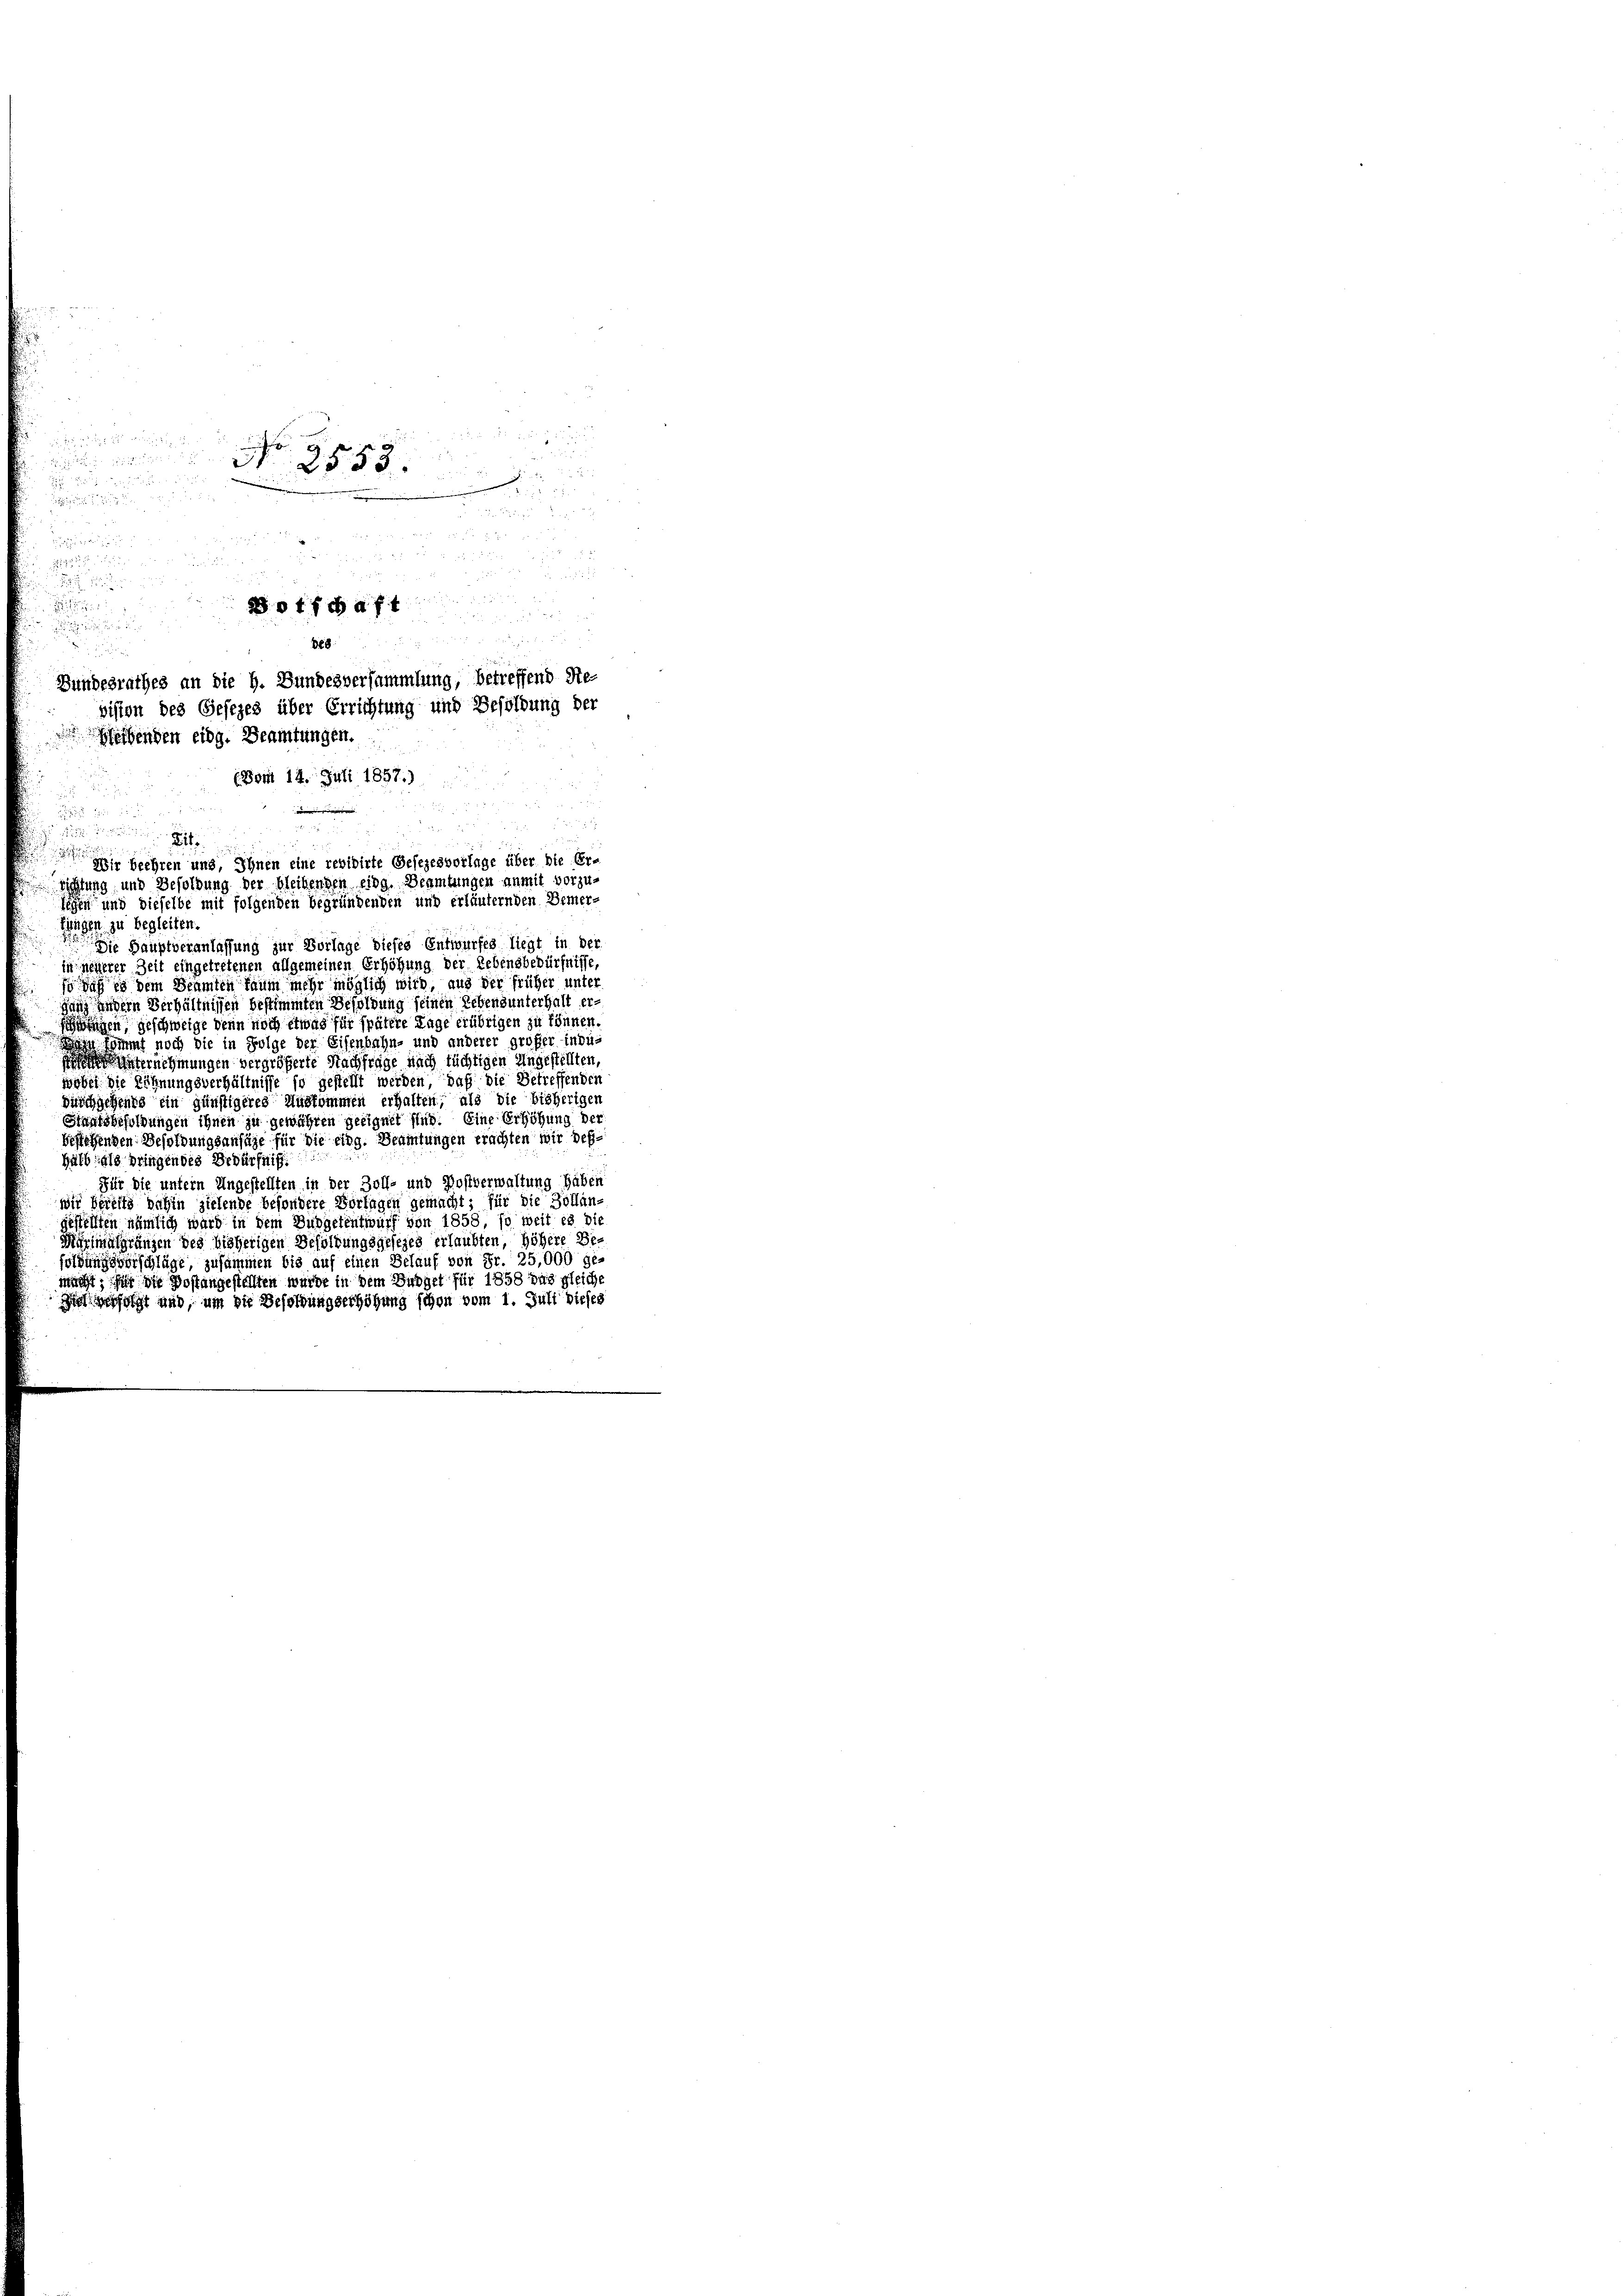
225 f 0 x

i
.
.

 80

traf

888.

Bundesrathes an die H. Bundesversammlung, betreffend Re-
vision des Gesezes über Errichtung und Besoldung der
bleibenden eidg. Beamtungen.
(Vom 14. Juli 1857.)

n
 une

Mir beehren und, Ihnen eine revidirte Gesezesvorlage über die Er-
richtung und Besoldung der bleibenden eing. Beamtungen anmit vorzu-
sehen und dieselbe mit folgenden begründenden und erläuternden Bemer-

fingen zu begleiten.
Die Hauptveranlassung zur Vorlage dieses Entwurfes liegt in der
in neuerer Zeit eingetretenen allgemeinen Erhöhung der Lebensbedürfnisse,
so daß es dem Beamten kaum mehr möglich wird, aus der früher unter
dung andern Verhältnissen bestimmten Besoldung seinen Lebensunterhalt er-
ngen, geschweige denn noch etwas für spätere Lage erübrigen zu können.
n Kommt noch die in Folge der Eisenbahn- und anderer großer indi¬
 unternehmungen vergrößerte Nachfrage nach tüchtigen Ungestellten
wobei die Löhnungsverhältnisse so gestellt werden, daß die Betreffenden
durchgehens ein günstigeres Auskommen erhalten, als die bisherigen
Staatsbesoldungen ihnen zu gewähren geeignet sind. Eine Erhöhung der
bestehenden Besoldungsanfüge für die eidg. Beamtungen erachten wir deßhalb als dringendes Bedürfniß.
Für die untern Ungestellten in der Zoll- und Postverwaltung haben
wir bereits dahin zielende besondere Vortagen gemacht; für die Zollängestellten nämlich ward in dem Budgetentwurf von 1858 so weit es die
Myrimalgränzen des hieherigen Besoldungsgesezes erlaubten, höhere Befolgungsvorschläge, zusammen bis auf einen Belauf von Fr. 25,000 ge-
macht, für die Postangestellten wurde in dem Budget für 1858 das gleiche
Zufolgt und, um die Besoldungserhöhung schon vom 1. Juli dieses